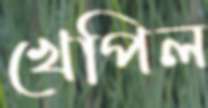
খেপিল